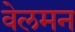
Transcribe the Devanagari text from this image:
वेलमन